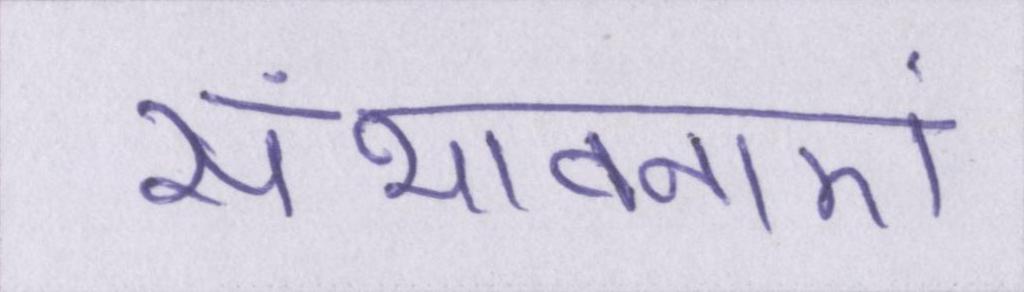
संभावनाएं